Sanitation, dispensaries and jails vaccination Rajputana 1922-1927 - 1922-1927
Year: 1922
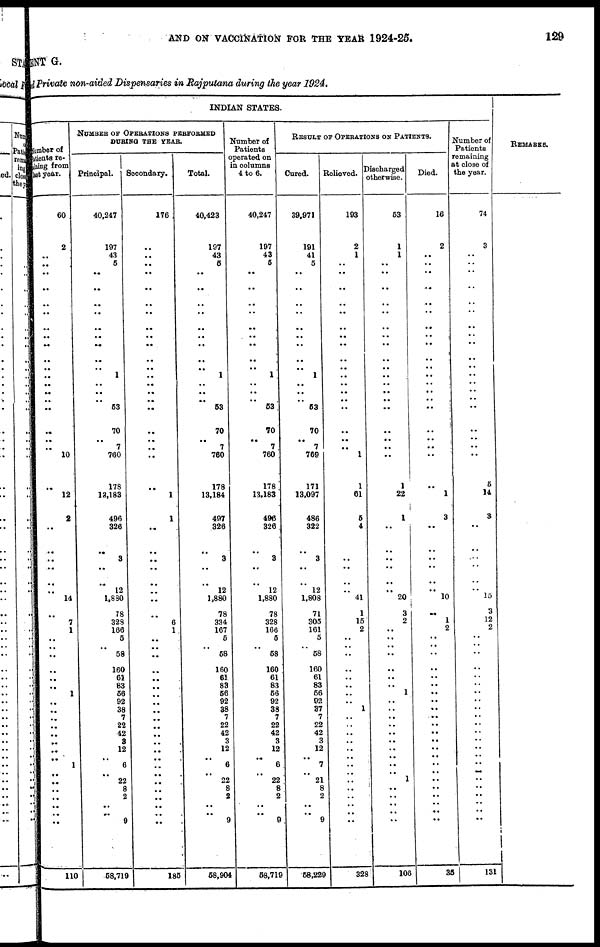
AND ON VACCINATION FOR THE YEAR 1924-25.
129
ENT G.
and Private non-aided Dispensaries in Rajputana during the year 1924.
INDIAN STATES
Number of
patients re-
maining from
last year.
60
2
..
..
..
..
..
..
..
..
..
..
.. ..
..
..
.. ..
..
..
.. 10
..
12
2
..
..
..
..
..
..
14
..
7
1
..
..
..
..
..
..
1
..
..
..
..
..
..
..
..
1
..
..
..
..
..
..
..
110
NUMBER OF OPERATIONS PERFORMED
DURING THE YEAR.
Principal.
40,247
197
43
5
..
..
..
..
..
..
..
..
..
1
..
..
..
53
70
..
7
760
178
13,183
496
326
..
3
..
..
12
1,880
78
328
166
5
..
58
160
61
83
56
92
38
7
22
42
3
12
..
6
..
22
8
2
..
..
9
58,719
Secondary.
176
..
..
..
..
..
..
..
..
..
..
..
..
..
..
..
..
..
..
..
..
..
..
1
1
..
..
..
..
..
..
..
..
6
1
..
..
..
..
..
..
..
..
..
..
..
..
..
..
..
..
..
..
..
..
..
..
185
Total.
40,423
197
43
5
..
..
..
..
..
..
..
..
..
1
..
..
.. 53
70
..
7
760
178
13,184
497
326
..
3
..
..
12
1,880
78
334
167
5
..
58
160
61
83
56
92
38
7
22
42
3
12
..
6
.. 22 8
2
..
..
9
58,904
Number of
Patients
operated on
in columns
4 to 6.
40,247
197
43
5
..
..
.. ..
..
..
..
..
..
1
..
..
.. 53
70
..
7
760
178
13,183
496
326
..
3
..
..
12
1,880
78
328
166
5
..
58
160
61
83
56
92
38
7
22
42
3
12
..
6
..
22
8
2
..
..
9
58,719
RESULT OF OPERATIONS ON PATIENTS.
Cured.
39,971
191
41
5
..
..
..
..
..
..
..
..
..
1
..
..
.. 53
70
..
7
769
171
13,097
486
322
..
3
..
..
12
1,808
71
305
161
5
.. 58
160
61
83
56
92
37
7
22
42
3
12
..
7
..
21
8
2
..
..
9
58,229
Relieved.
193
2
1
..
..
..
..
..
..
..
..
..
..
..
..
..
.. ..
..
..
..
1
1
61
5
4
..
..
..
..
..
41
1
15
2
..
.. ..
..
..
..
..
..
1
..
..
..
..
..
..
..
..
..
..
..
..
..
..
328
Discharged otherwise.
53
1
1
..
..
..
..
..
..
..
..
..
..
..
..
..
.. ..
..
..
..
..
1
22
1
..
..
..
..
..
20 ..
3
2
..
..
..
..
..
..
..
1
..
..
..
..
..
..
..
..
..
..
1 ..
..
..
..
..
106
Died.
16
2
..
..
..
..
..
..
..
..
..
..
..
..
..
..
..
..
..
..
..
..
..
1
3
..
..
..
..
..
10 ..
..
1
2
..
..
..
..
..
..
..
..
..
..
..
..
..
..
..
..
..
..
..
..
..
..
..
35
Number of
Patients
remaining
at close of
the year.
74
3
..
..
..
..
..
..
..
..
..
..
.. ..
..
..
.. ..
..
..
..
..
5
14
3
..
..
..
..
..
15 ..
3
12
2
..
..
..
..
..
..
..
..
..
..
..
..
..
..
..
..
..
..
..
..
..
..
..
131
REMARKS.